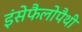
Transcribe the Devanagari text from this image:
इंसेफैलोपैथी